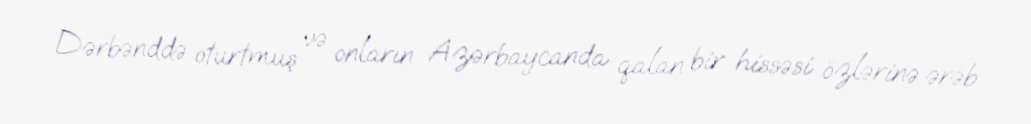
Dərbənddə oturtmuş və onların Azərbaycanda qalan bir hissəsi özlərinə ərəb